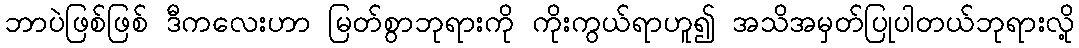
ဘာပဲဖြစ်ဖြစ် ဒီကလေးဟာ မြတ်စွာဘုရားကို ကိုးကွယ်ရာဟူ၍ အသိအမှတ်ပြုပါတယ်ဘုရားလို့